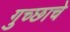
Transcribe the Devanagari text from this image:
गुच्छाचे